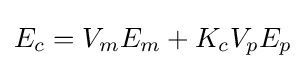
E_{c}=V_{m}E_{m}+K_{c}V_{p}E_{p}